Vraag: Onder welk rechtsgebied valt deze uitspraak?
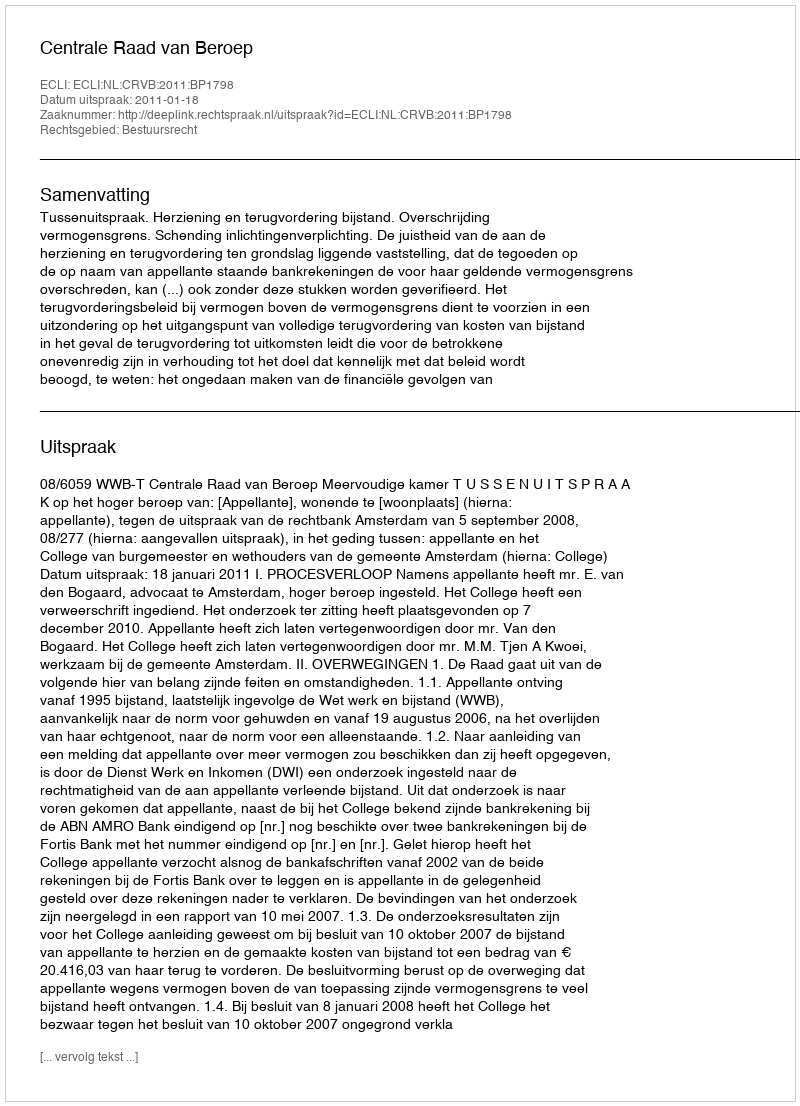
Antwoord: Bestuursrecht